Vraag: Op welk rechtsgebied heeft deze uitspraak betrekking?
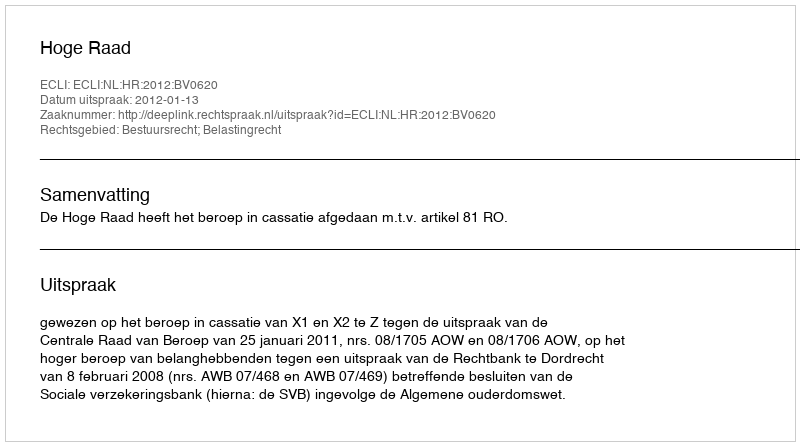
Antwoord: Bestuursrecht; Belastingrecht